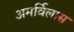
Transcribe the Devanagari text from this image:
अमर्विलास